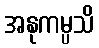
အနုကမ္ပသိ